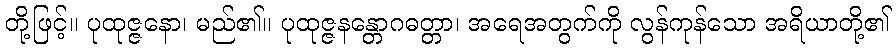
တို့ဖြင့်။ ပုထုဇ္ဇနော၊ မည်၏။ ပုထုဇ္ဇနန္တောဂဓတ္တာ၊ အရေအတွက်ကို လွန်ကုန်သော အရိယာတို့၏